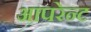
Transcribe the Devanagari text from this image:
आपरेन्ट